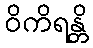
ဝိကိရန္တိ